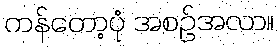
ကန်တော့ပုံ အစဉ်အလာ။